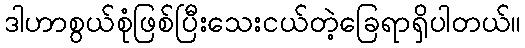
ဒါဟာစွယ်စုံဖြစ်ပြီးသေးငယ်တဲ့ခြေရာရှိပါတယ်။